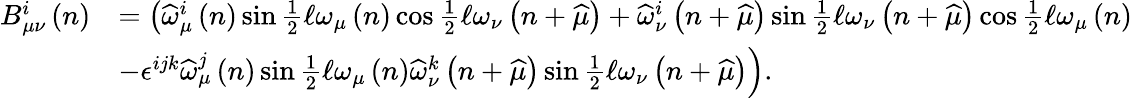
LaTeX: \begin{array}{rl}{B_{\mu\nu}^{i}\left(n\right)}&{=\left(\widehat{\omega}_{\mu}^{i}\left(n\right)\sin\frac{1}{2}\mathcal{\ell}\omega_{\mu}\left(n\right)\cos\frac{1}{2}\mathcal{\ell}\omega_{\nu}\left(n+\widehat{\mu}\right)+\widehat{\omega}_{\nu}^{i}\left(n+\widehat{\mu}\right)\sin\frac{1}{2}\mathcal{\ell}\omega_{\nu}\left(n+\widehat{\mu}\right)\cos\frac{1}{2}\mathcal{\ell}\omega_{\mu}\left(n\right)\right.}\\ &{\left.-\epsilon^{ijk}\widehat{\omega}_{\mu}^{j}\left(n\right)\sin\frac{1}{2}\mathcal{\ell}\omega_{\mu}\left(n\right)\widehat{\omega}_{\nu}^{k}\left(n+\widehat{\mu}\right)\sin\frac{1}{2}\mathcal{\ell}\omega_{\nu}\left(n+\widehat{\mu}\right)\right).}\end{array}